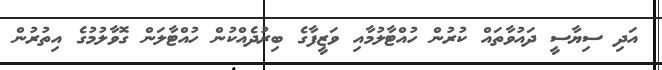
އަދި ސިޔާސީ ދައުވާތައް ކުރުން ހުއްޓާލުމާއި ވަޒީފާގެ ބިރުދެއްކުން ހުއްޓާލަން ގޮވާލުމުގެ އިތުރުން